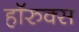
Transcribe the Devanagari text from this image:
हॉरुक्स